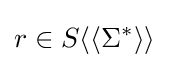
r\in S\langle \langle \Sigma ^{*}\rangle \rangle